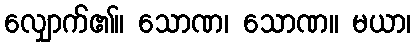
လျှောက်၏။ သောဏ၊ သောဏ။ မယာ၊